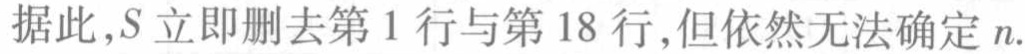
据此，\(S\)立即删去第\(1\)行与第\(18\)行，但依然无法确定\(n\).